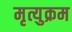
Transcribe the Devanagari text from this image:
मृत्युक्रम